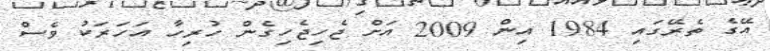
އޭގެ ތެރޭގައި 1984 އިން 2009 އަށް ޖެހިޖެހިގެން ހުރިހާ އަހަރަކު ވެސް